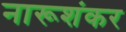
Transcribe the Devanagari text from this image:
नारूशंकर